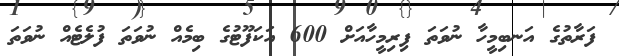
ފަރާތުގެ އަނބިމީހާ ނުވަތަ ފިރިމީހާއަށް 600 އަކަފޫޓުގެ ބިމެއް ނުވަތަ ފުލެޓެއް ނުވަތަ